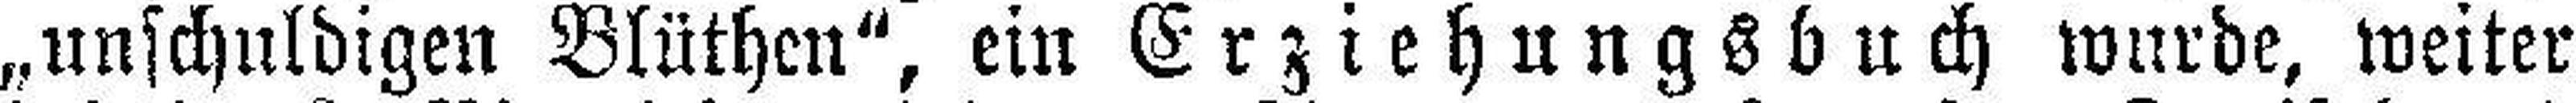
„unschuldigen Blüthen“, ein Erziehungsbuch wurde, weiter